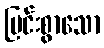
ပြင်းစွာသော